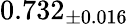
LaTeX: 0.732_{\pm 0.016}